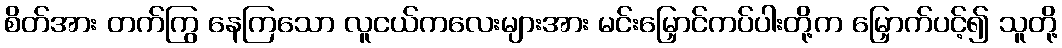
စိတ်အား တက်ကြွ နေကြသော လူငယ်ကလေးများအား မင်းမြှောင်ကပ်ပါးတို့က မြှောက်ပင့်၍ သူတို့